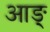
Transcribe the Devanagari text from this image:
आङ्‌